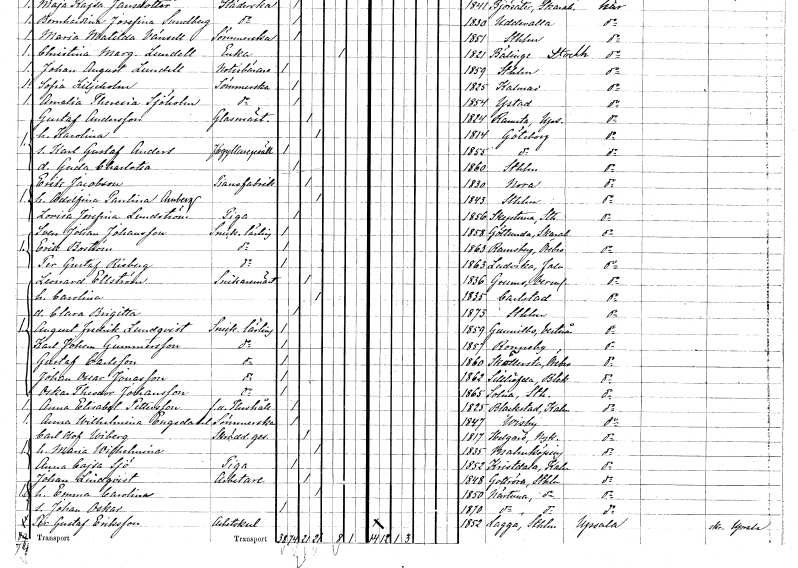
gt_parse: households: individuals: FN: Erik
EN: Jacobson
YRKE: Pianofabrikör
KON: M
CIV: G
FODAR: 1830
FODFORS: Nora Örebro län
FN: Adolfina Paulina
EN: Amberg
KON: K
CIV: G
FODAR: 1843
FODFORS: Stockholm
FN: Lovisa Josefina
EN: Lundström
YRKE: Piga
KON: K
CIV: O
FODAR: 1856
FODFORS: Skepptuna Stockholms län
FN: Sven Johan
EN: Johansson
YRKE: Snickarelärling
KON: M
CIV: O
FODAR: 1858
FODFORS: Götlunda Skaraborgs län
FN: Erik
EN: Boström
YRKE: Snickarelärling
KON: M
CIV: O
FODAR: 1863
FODFORS: Ramsberg Örebro län
FN: Per Gustaf
EN: Risberg
YRKE: Snickarelärling
KON: M
CIV: O
FODAR: 1863
FODFORS: Ludvika Kopparbergs län
FN: Leonard
EN: Ellström
YRKE: Snickaremästare
KON: M
CIV: G
FODAR: 1836
FODFORS: Grums Värmlands län
FN: Carolina
KON: K
CIV: G
FODAR: 1835
FODFORS: Karlstad Värmlands län
FN: Clara Brigitta
KON: K
CIV: O
FODAR: 1873
FODFORS: Stockholm
FN: August Fredrik
EN: Lundqvist
YRKE: Snickarelärling
KON: M
CIV: O
FODAR: 1859
FODFORS: Gunnilbo Västmanlands län
FN: Karl Johan
EN: Gummersson
YRKE: Snickarelärling
KON: M
CIV: O
FODAR: 1857
FODFORS: Ronneby Blekinge län
FN: Gustaf
EN: Carlsson
YRKE: Snickarelärling
KON: M
CIV: O
FODAR: 1860
FODFORS: Sköllersta Örebro län
FN: Johan Oscar
EN: Jonasson
YRKE: Snickarelärling
KON: M
CIV: O
FODAR: 1862
FODFORS: Sillhövda Blekinge län
FN: Oskar Theodor
EN: Johansson
YRKE: Snickarelärling
KON: M
CIV: O
FODAR: 1865
FODFORS: Solna Stockholms län
FN: Anna Elisabet
EN: Pettersson
YRKE: Hushållerska f.d.
KON: K
CIV: O
FODAR: 1825
FODFORS: Blackstad Kalmar län
FN: Anna Wilhelmina
EN: Engsdahl
YRKE: Sömmerska
KON: K
CIV: O
FODAR: 1847
FODFORS: Visby Gotlands län
FN: Carl Olof
EN: Wiberg
YRKE: Skräddaregesäll
KON: M
CIV: G
FODAR: 1817
FODFORS: Helgarö Södermanlands län
FN: Maria Wilhelmina
KON: K
CIV: G
FODAR: 1835
FODFORS: Malmköping Södermanlands län
FN: Anna Cajsa
EN: Sjö
YRKE: Piga
KON: K
CIV: O
FODAR: 1852
FODFORS: Kristdala Kalmar län
FN: Johan
EN: Lindqvist
YRKE: Arbetare
KON: M
CIV: G
FODAR: 1848
FODFORS: Gottröra Stockholms län
FN: Emma Carolina
KON: K
CIV: G
FODAR: 1850
FODFORS: Närtuna Stockholms län
FN: Johan Oskar
KON: M
CIV: O
FODAR: 1870
FODFORS: Närtuna Stockholms län
FN: Per Gustaf
EN: Eriksson
YRKE: Arbetskarl
KON: M
CIV: O
FODAR: 1852
FODFORS: Lagga Uppsala län